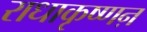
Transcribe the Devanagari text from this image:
राधाकृष्णऩ